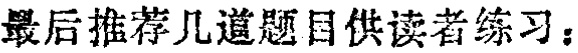
最后推荐几道题目供读者练习：